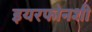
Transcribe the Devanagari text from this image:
इयरफोनशी